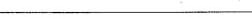
___